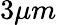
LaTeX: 3\mu m